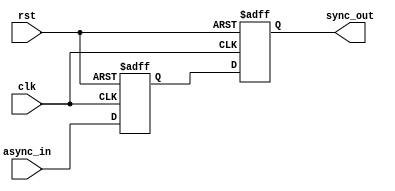
module TwoFF_Metastability_Detector (
    input wire clk,        // Clock signal
    input wire async_in,   // Asynchronous input signal
    input wire rst,        // Optional reset signal
    output reg sync_out    // Synchronized output signal
);

    // Internal signals for the flip-flops
    reg ff1_out;           // Output of the first flip-flop

    // First flip-flop (FF1)
    always @(posedge clk or posedge rst) begin
        if (rst) begin
            ff1_out <= 1'b0; // Reset state
        end else begin
            ff1_out <= async_in; // Sample the asynchronous input
        end
    end

    // Second flip-flop (FF2)
    always @(posedge clk or posedge rst) begin
        if (rst) begin
            sync_out <= 1'b0; // Reset state
        end else begin
            sync_out <= ff1_out; // Sample the output of FF1
        end
    end

endmodule